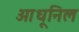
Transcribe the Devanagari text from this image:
आधूनिल